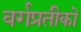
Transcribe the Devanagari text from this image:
वर्गप्रतीकों